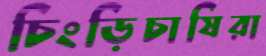
চিংড়িচাষিরা